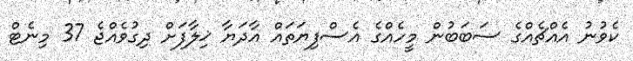
ކެވުނު އެއްޗެއްގެ ސަބަބުން މީހެއްގެ އެސްފިޔަތައް އާދަޔާ ޚިލާފަށް ދިގުވެއްޖެ 37 މިނެޓް